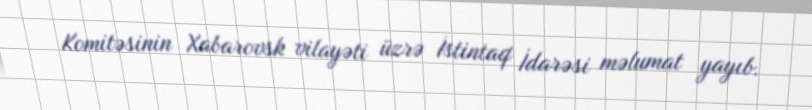
Komitəsinin Xabarovsk vilayəti üzrə İstintaq İdarəsi məlumat yayıb.